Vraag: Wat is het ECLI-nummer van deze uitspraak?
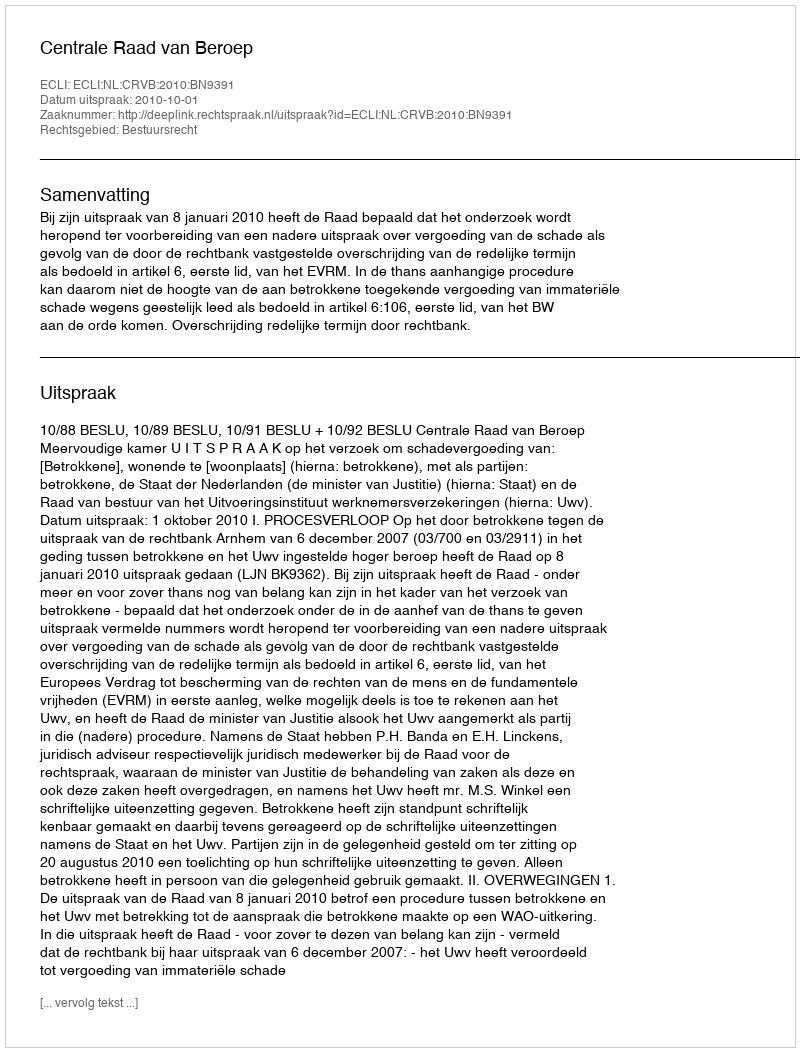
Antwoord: ECLI:NL:CRVB:2010:BN9391